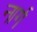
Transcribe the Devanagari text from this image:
नार्ग